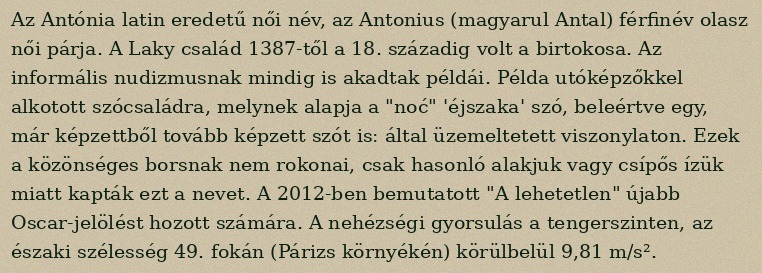
Az Antónia latin eredetű női név, az Antonius (magyarul Antal) férfinév olasz női párja. A Laky család 1387-től a 18. századig volt a birtokosa. Az informális nudizmusnak mindig is akadtak példái. Példa utóképzőkkel alkotott szócsaládra, melynek alapja a "noć" 'éjszaka' szó, beleértve egy, már képzettből tovább képzett szót is: által üzemeltetett viszonylaton. Ezek a közönséges borsnak nem rokonai, csak hasonló alakjuk vagy csípős ízük miatt kapták ezt a nevet. A 2012-ben bemutatott "A lehetetlen" újabb Oscar-jelölést hozott számára. A nehézségi gyorsulás a tengerszinten, az északi szélesség 49. fokán (Párizs környékén) körülbelül 9,81 m/s².